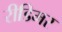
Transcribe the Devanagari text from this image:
रीडिमर